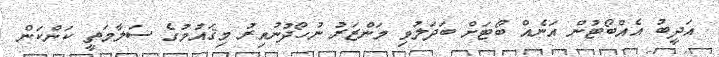
އަދީބު އެއްބޯޓުން އަނެއް ބޯޓަށް ބަދަލުވި މަންޒަރު ނުހޯދުނުއިރު މިޤައުމުގެ ސަލާމަތީ ކަންކަން